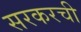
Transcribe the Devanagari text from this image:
सरकरची